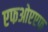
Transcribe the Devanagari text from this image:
एफओएएफ